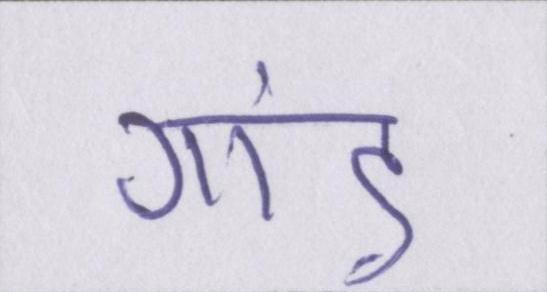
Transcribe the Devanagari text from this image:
गांड़